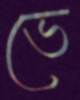
ভে